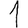
Digit: 1